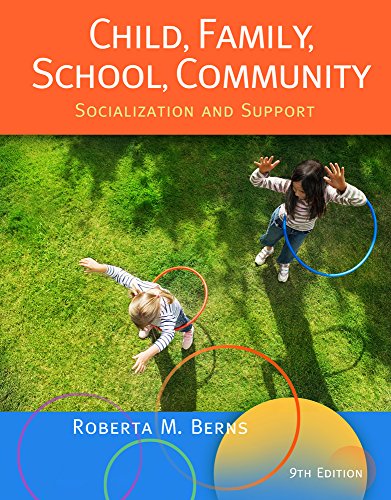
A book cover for Child, Family, School, Community: Socialization and Support; Roberta M. Berns; Education & Teaching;